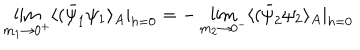
LaTeX: \lim _ { m _ { 1 } \rightarrow 0 ^ { + } } \langle ( \bar { \psi } _ { 1 } \psi _ { 1 } \rangle _ { A } | _ { h = 0 } = - \lim _ { m _ { 2 } \rightarrow 0 ^ { - } } \langle ( \bar { \psi } _ { 2 } \psi _ { 2 } \rangle _ { A } | _ { h = 0 }